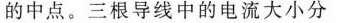
的中点。三根导线中的电流大小分